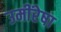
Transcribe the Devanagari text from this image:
उमींरेषा